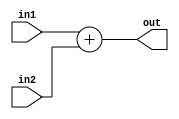
module Adder(in1, in2, out);
input [31:0] in1;  // operand1
input [31:0] in2;  // operand2
output [31:0] out;  // sum of operand1 and operand2
reg [31:0] out;
always@(in1,in2)   // executed whenever operand1/operand2 set or updated
begin
    out=in1+in2;
end
endmodule